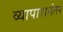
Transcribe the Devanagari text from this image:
व्यापारानंतर